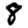
Digit: 8